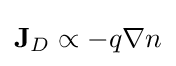
\mathbf {J} _{D}\propto -q\nabla n